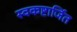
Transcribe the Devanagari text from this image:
स्वकष्टार्जित